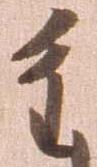
重